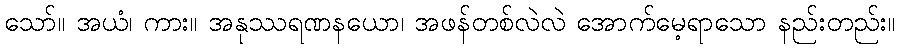
သော်။ အယံ၊ ကား။ အနုဿရဏနယော၊ အဖန်တစ်လဲလဲ အောက်မေ့ရာသော နည်းတည်း။